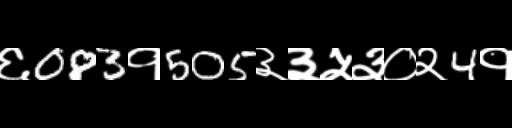
Text: ६083१505३३५३०२4१